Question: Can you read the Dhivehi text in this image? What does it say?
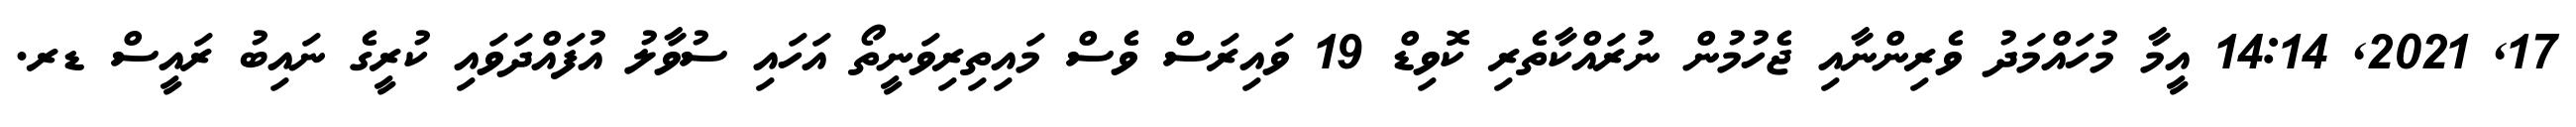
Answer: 17, 2021, 14:14 އީމާ މުހައްމަދު ވެރިންނާއި ޖެހުމުން ނުރައްކާތެރި ކޮވިޑް 19 ވައިރަސް ވެސް މައިތިރިވަނީތޯ އަހައި ސުވާލު އުފައްދަވައި ކުރީގެ ނައިބު ރައީސް ޑރ.